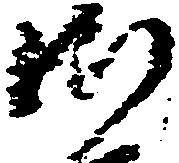
御